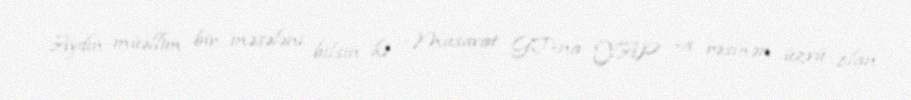
Aydın müəllim bir məsələni bilsin ki , Müsavat GT-na YAP -a rəsmən üzvü olan